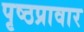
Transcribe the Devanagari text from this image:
पृष्ठप्रावार